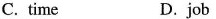
C. time D. job